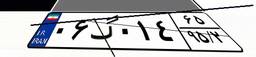
۵۶گ۱۷۵۷۹